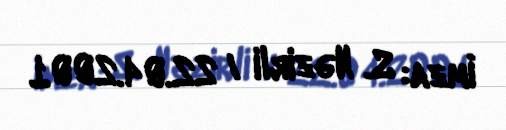
İmza: S. Nəzirli / 22.04.2001